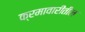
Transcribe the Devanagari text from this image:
क्रमावारीतील